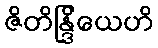
ဇိတိန္ဒြိယေဟိ